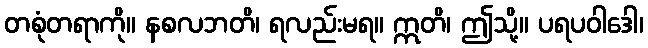
တစုံတရာကို။ နစလဘတိ၊ ရလည်းမရ။ ဣတိ၊ ဤသို့။ ပရပဝါဒေါ၊